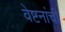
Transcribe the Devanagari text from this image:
वेष्टनांची